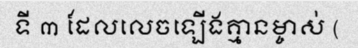
ទី ៣ ដែលលេចឡើងគ្មានម្ចាស់ (